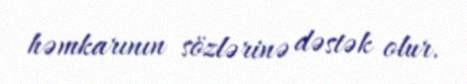
həmkarının sözlərinə dəstək olur.